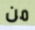
من